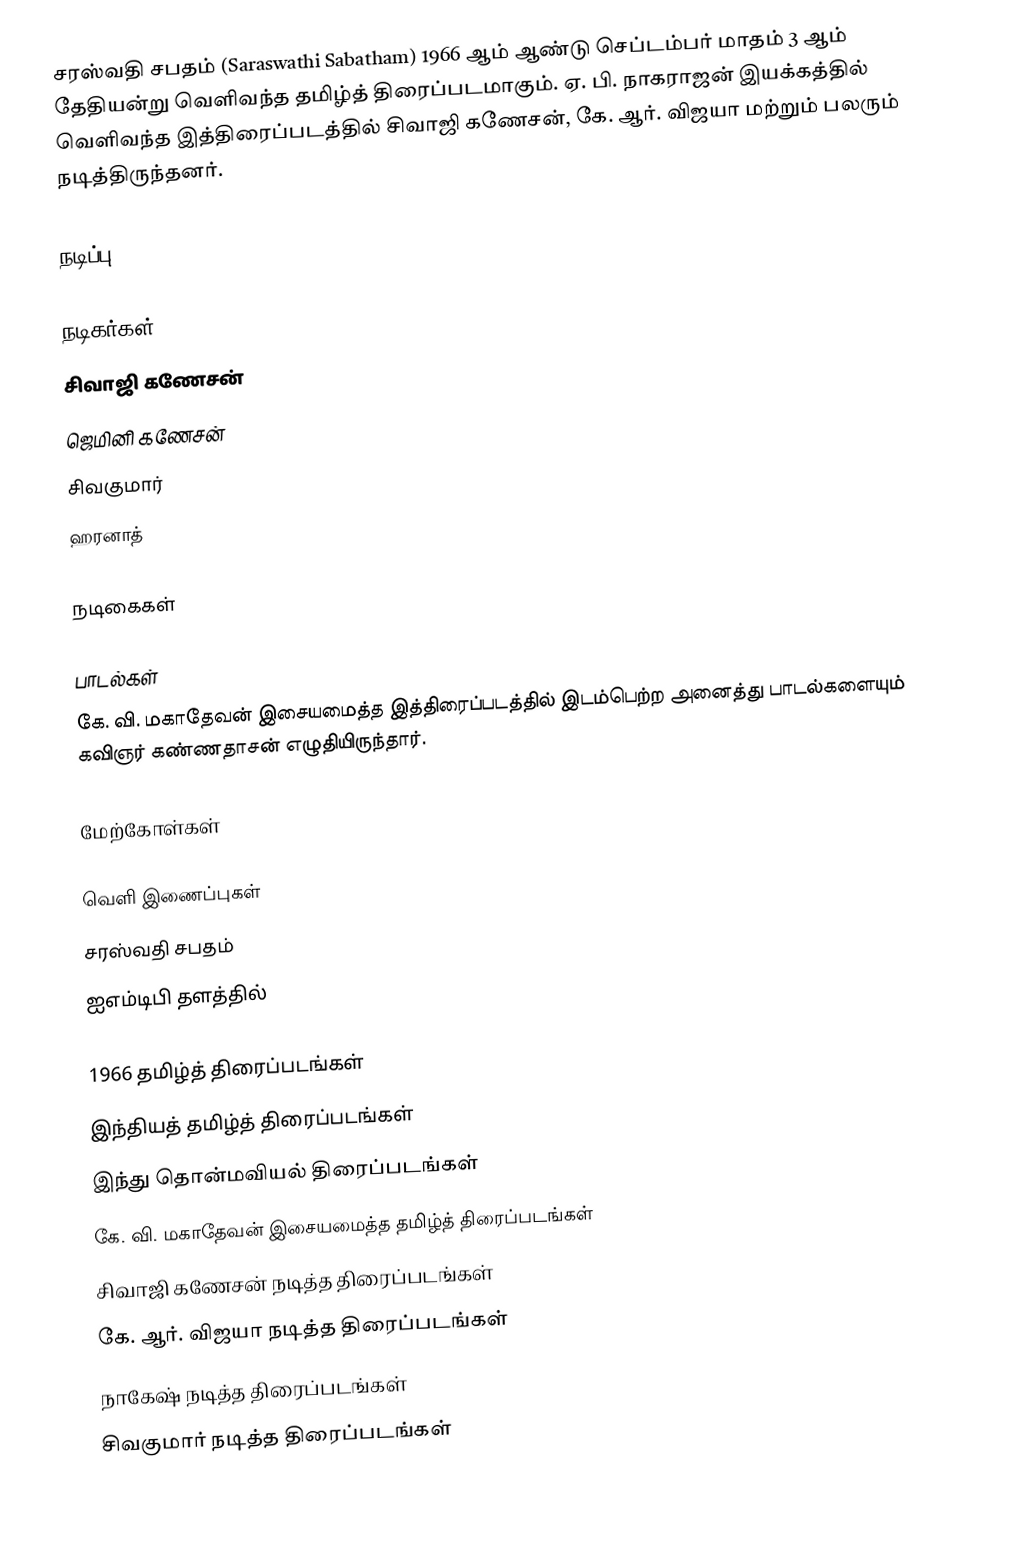
சரஸ்வதி சபதம் (Saraswathi Sabatham) 1966 ஆம் ஆண்டு செப்டம்பர் மாதம் 3 ஆம் தேதியன்று வெளிவந்த தமிழ்த் திரைப்படமாகும். ஏ. பி. நாகராஜன் இயக்கத்தில் வெளிவந்த இத்திரைப்படத்தில் சிவாஜி கணேசன், கே. ஆர். விஜயா மற்றும் பலரும் நடித்திருந்தனர்.

நடிப்பு

நடிகர்கள்
 சிவாஜி கணேசன்
 ஜெமினி கணேசன்
 சிவகுமார்
 ஹரனாத்

நடிகைகள்

பாடல்கள்
கே. வி. மகாதேவன் இசையமைத்த இத்திரைப்படத்தில் இடம்பெற்ற அனைத்து பாடல்களையும் கவிஞர் கண்ணதாசன் எழுதியிருந்தார்.

மேற்கோள்கள்

வெளி இணைப்புகள்
 சரஸ்வதி சபதம்
 ஐஎம்டிபி தளத்தில்

1966 தமிழ்த் திரைப்படங்கள்
இந்தியத் தமிழ்த் திரைப்படங்கள்
இந்து தொன்மவியல் திரைப்படங்கள்
கே. வி. மகாதேவன் இசையமைத்த தமிழ்த் திரைப்படங்கள்
சிவாஜி கணேசன் நடித்த திரைப்படங்கள்
கே. ஆர். விஜயா நடித்த திரைப்படங்கள்
நாகேஷ் நடித்த திரைப்படங்கள்
சிவகுமார் நடித்த திரைப்படங்கள்